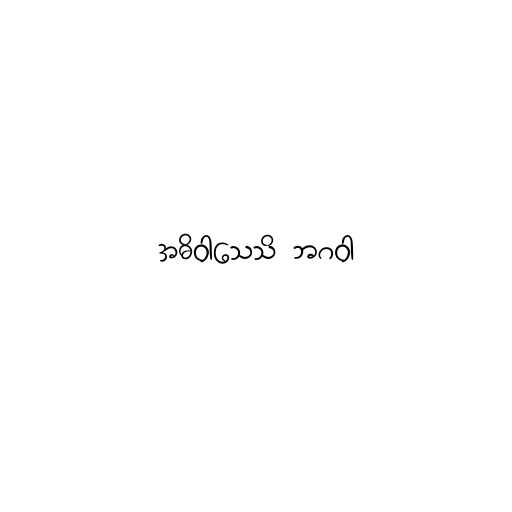
အဓိဝါသေသိ ဘဂဝါ